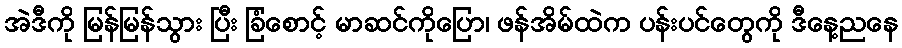
အဲဒီကို မြန်မြန်သွား ပြီး ခြံစောင့် မာဆင်ကိုပြော၊ ဖန်အိမ်ထဲက ပန်းပင်တွေကို ဒီနေ့ညနေ